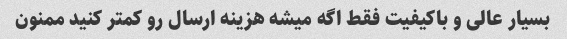
بسیار عالی و باکیفیت فقط اگه میشه هزینه ارسال رو کمتر کنید ممنون